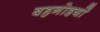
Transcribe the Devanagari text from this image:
बहनोइयों